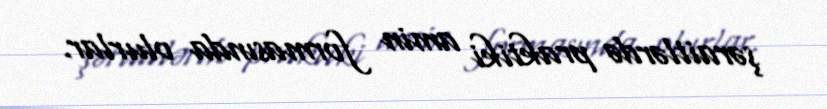
şəraitlərdə praktiki amin formasında olurlar.